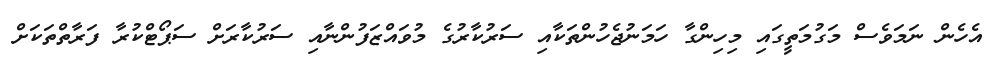
އެހެން ނަމަވެސް މަގުމަތީގައި މިހިންގާ ހަމަނުޖެހުންތަކާއި ސަރުކާރުގެ މުވައްޒަފުންނާއި ސަރުކާރަށް ސަޕޯޓްކުރާ ފަރާތްތަކަށް